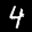
Label: 4